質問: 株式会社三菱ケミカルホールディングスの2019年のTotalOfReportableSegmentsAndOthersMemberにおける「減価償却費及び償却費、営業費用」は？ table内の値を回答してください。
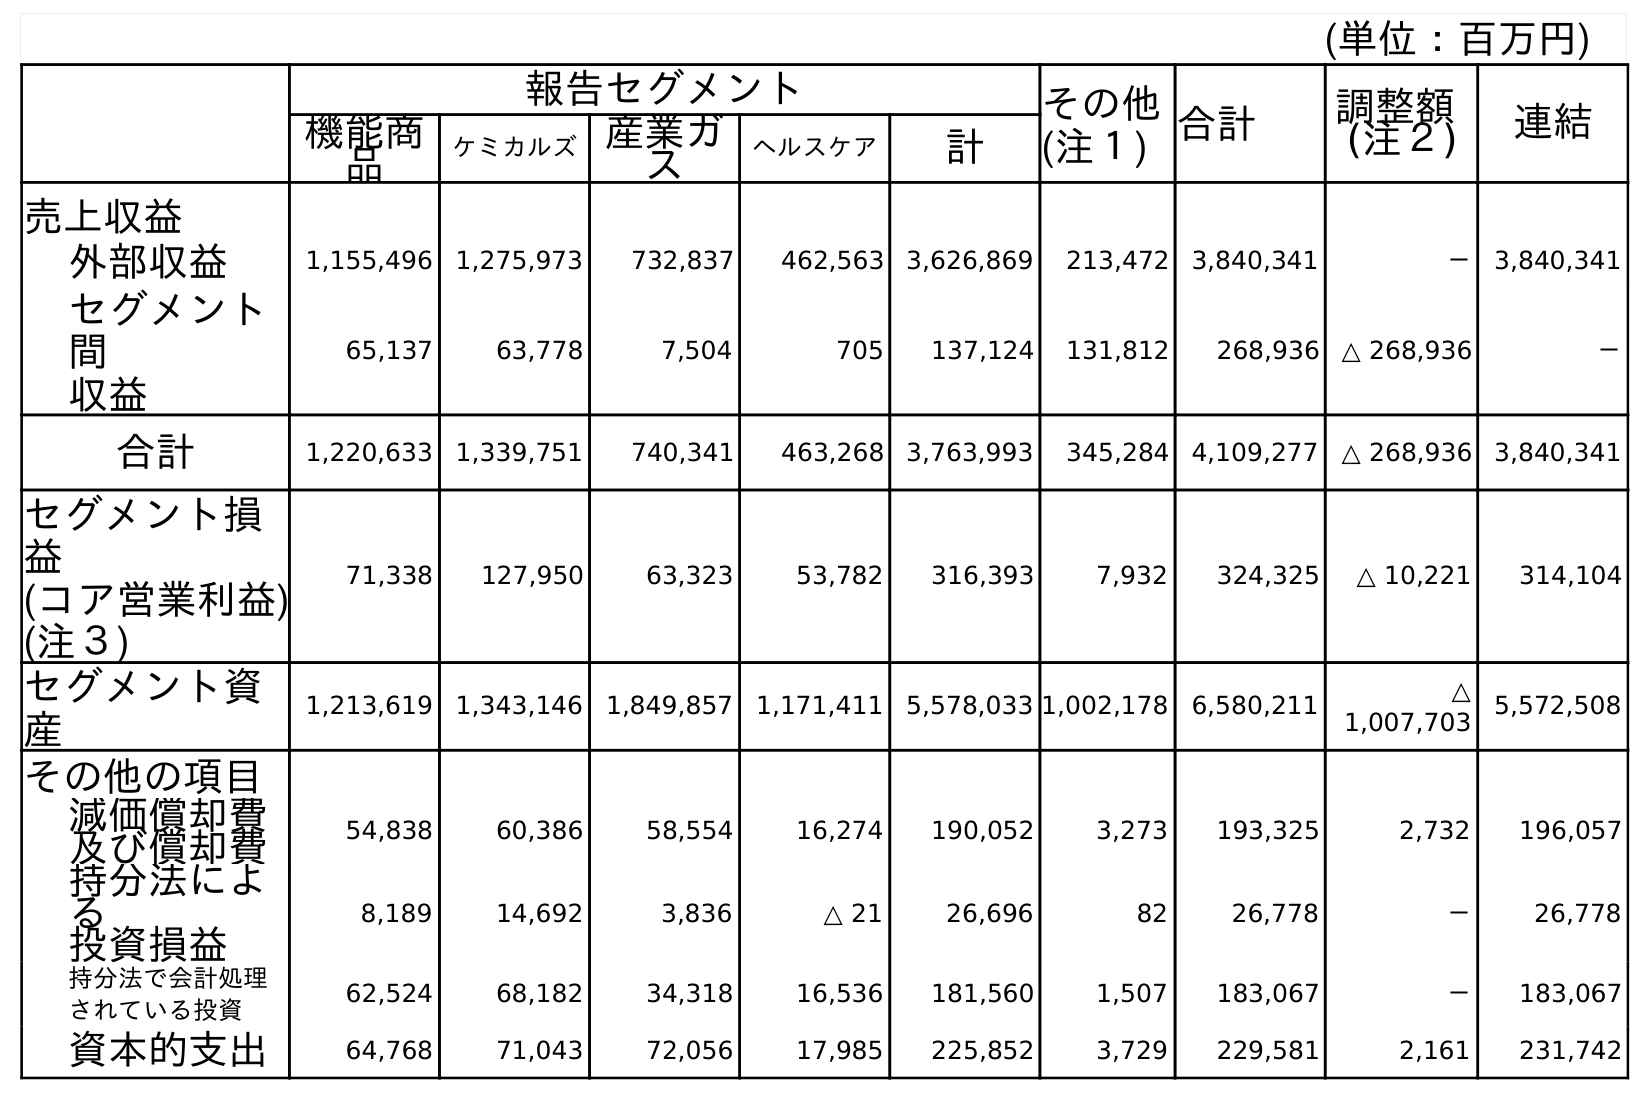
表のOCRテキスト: (単位：百万円) 報告セグメント その他 (注１) 合計 調整額 (注２) 連結 機能商 品 ケミカルズ産業ガ ス ヘルスケア 計 売上収益 外部収益 1,155,496 1,275,973 732,837 462,563 3,626,869 213,472 3,840,341 － 3,840,341 セグメント 間 収益 65,137 63,778 7,504 705 137,124 131,812 268,936 △ 268,936 － 合計 1,220,633 1,339,751 740,341 463,268 3,763,993 345,284 4,109,277 △ 268,936 3,840,341 セグメント損 益 (コア営業利益) (注３) 71,338 127,950 63,323 53,782 316,393 7,932 324,325 △ 10,221 314,104 セグメント資 産 1,213,619 1,343,146 1,849,857 1,171,411 5,578,033 1,002,178 6,580,211 △ 1,007,703 5,572,508 その他の項目 減価償却費 及び償却費 54,838 60,386 58,554 16,274 190,052 3,273 193,325 2,732 196,057 持分法によ る 投資損益 8,189 14,692 3,836 △ 21 26,696 82 26,778 － 26,778 持分法で会計処理 されている投資 62,524 68,182 34,318 16,536 181,560 1,507 183,067 － 183,067 資本的支出 64,768 71,043 72,056 17,985 225,852 3,729 229,581 2,161 231,742
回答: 193,325